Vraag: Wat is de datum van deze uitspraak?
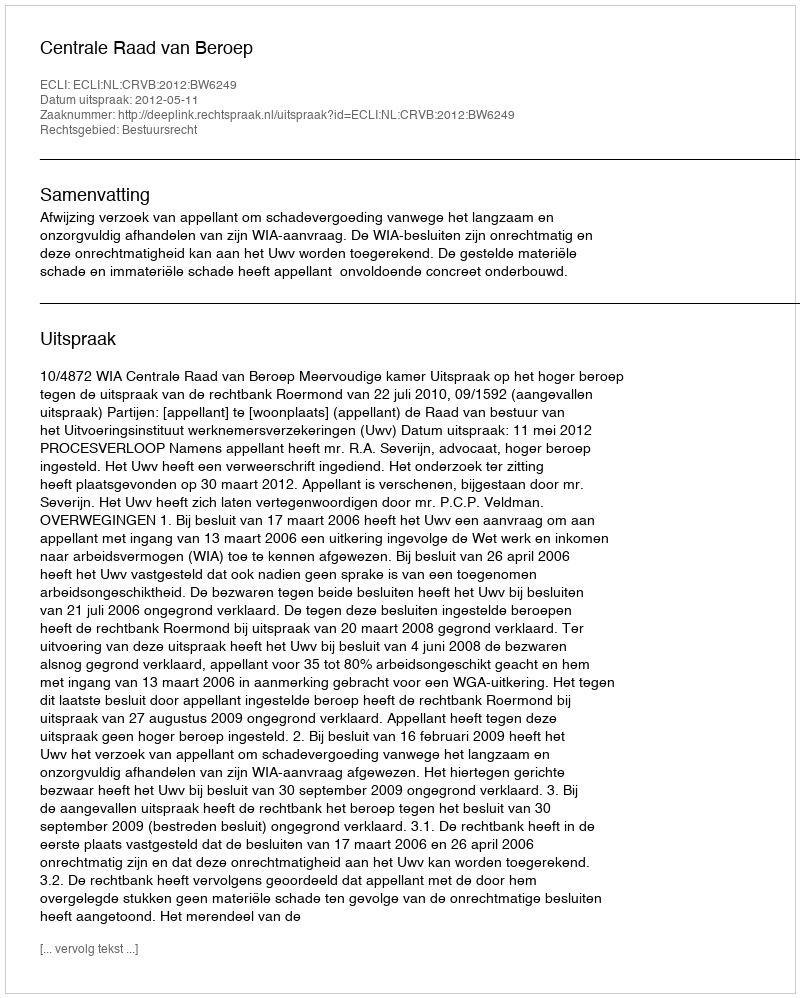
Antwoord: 2012-05-11